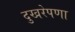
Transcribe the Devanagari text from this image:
दुखरेपणा